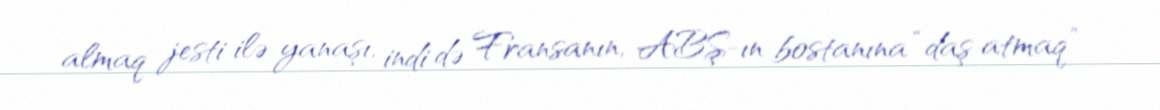
almaq jesti ilə yanaşı, indi də Fransanın, ABŞ-ın bostanına “daş atmaq”